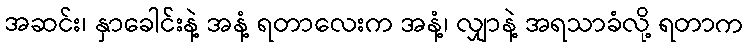
အဆင်း၊ နှာခေါင်းနဲ့ အနံ့ ရတာလေးက အနံ့၊ လျှာနဲ့ အရသာခံလို့ ရတာက